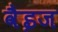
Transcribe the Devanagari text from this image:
वैइज